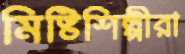
মিষ্টিশিল্পীরা